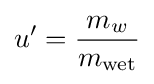
u'={\frac {m_{w}}{m_{\text{wet}}}}